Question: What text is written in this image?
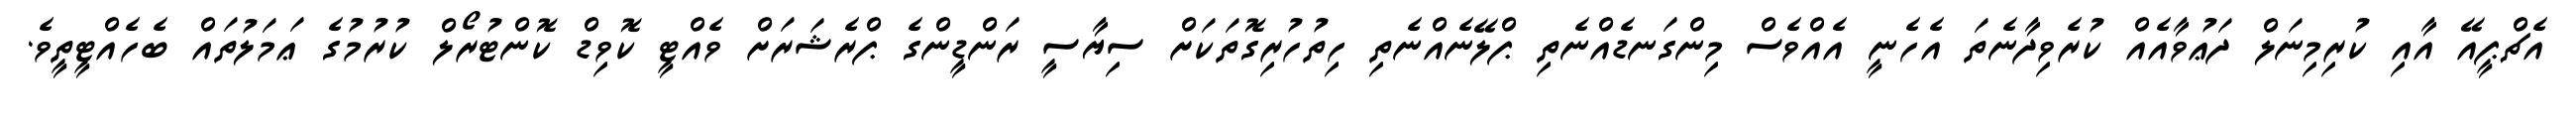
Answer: އެޗްޕީއޭ އާއި ކުރިމިނަލް ދަޢުވާއެއް ކުރެވިދާނެތަ އެހެނީ އެއްވެސް މިންގަނޑެއްނެތި ޕްލޭނެއްނެތި ހިތުހުރިގޮތަކަށް ސިޔާސީ ރަންޑީންގެ ޕްރެޝަރަށް ވެއްޓީ ކޮވިޑް ކޮންޓުރޯލް ކުރުމުގެ ޢަމަލުތައް ބެހެއްޓީތީވެ.